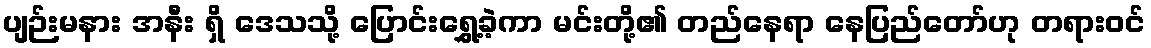
ပျဉ်းမနား အနီး ရှိ ဒေသသို့ ပြောင်းရွှေ့ခဲ့ကာ မင်းတို့၏ တည်နေရာ နေပြည်တော်ဟု တရားဝင်